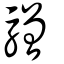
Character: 驓